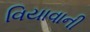
વિયાવાની